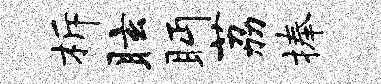
柝眩眄荔捧